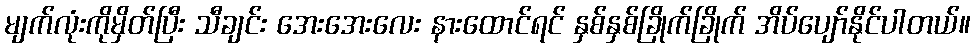
မျက်လုံးကိုမှိတ်ပြီး သီချင်း အေးအေးလေး နားထောင်ရင် နှစ်နှစ်ခြိုက်ခြိုက် အိပ်ပျော်နိုင်ပါတယ်။